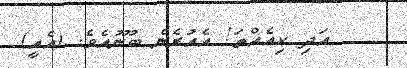
އަދި ކިއެއްތަ! އެއުރެން ބުނޫއެވެ. (އެއީ)